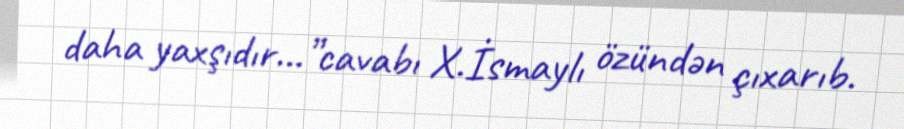
daha yaxşıdır...”cavabı X.İsmaylı özündən çıxarıb.